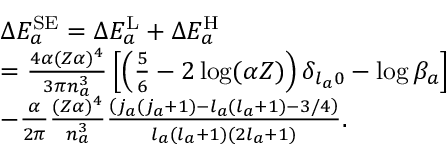
\begin{array} { r l } & { \Delta E _ { a } ^ { \mathrm { S E } } = \Delta E _ { a } ^ { \mathrm { L } } + \Delta E _ { a } ^ { \mathrm { H } } } \\ & { = \frac { 4 \alpha ( Z \alpha ) ^ { 4 } } { 3 \pi n _ { a } ^ { 3 } } \left[ \left( \frac { 5 } { 6 } - 2 \log ( \alpha Z ) \right) \delta _ { l _ { a } 0 } - \log \beta _ { a } \right] } \\ & { - \frac { \alpha } { 2 \pi } \frac { ( Z \alpha ) ^ { 4 } } { n _ { a } ^ { 3 } } \frac { \left( j _ { a } ( j _ { a } + 1 ) - l _ { a } ( l _ { a } + 1 ) - 3 / 4 \right) } { l _ { a } ( l _ { a } + 1 ) ( 2 l _ { a } + 1 ) } . } \end{array}